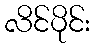
လိင်ပိုင်း